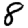
Digit: 8